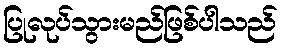
ပြုလုပ်သွားမည်ဖြစ်ပါသည်